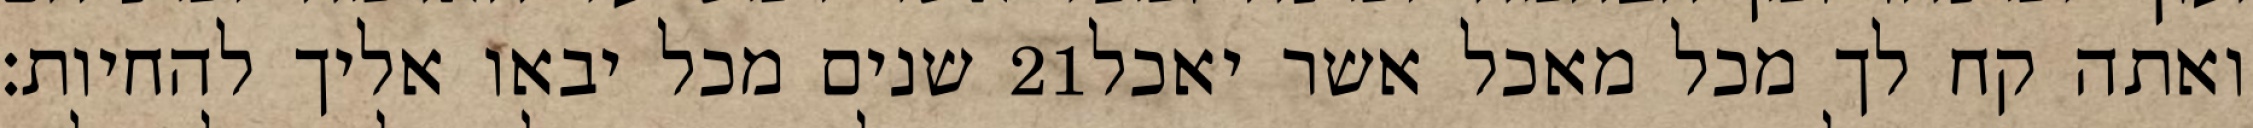
שנים מכל יבאו אליך להחיות׃ ‎21‏ ואתה קח לך מכל מאכל אשר יאכל